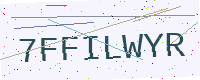
Text: 7FFILWYR